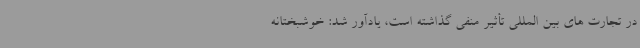
در تجارت های بین المللی تأثیر منفی گذاشته است، یادآور شد: خوشبختانه